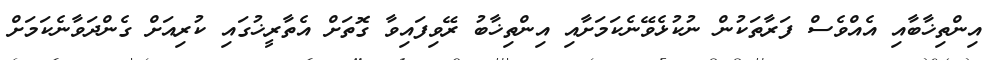
އިންތިޚާބާއި އެއްވެސް ފަރާތަކުން ނުކުޅެވޭނެކަމަށާއި އިންތިޚާބު ރޭވިފައިވާ ގޮތަށް އެތާރީޚުގައި ކުރިއަށް ގެންދަވާނެކަމަށް